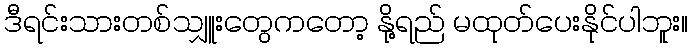
ဒီရင်းသားတစ်သျှူးတွေကတော့ နို့ရည် မထုတ်ပေးနိုင်ပါဘူး။